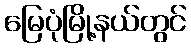
မြေပုံမြို့နယ်တွင်